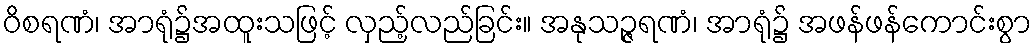
ဝိစရဏံ၊ အာရုံ၌အထူးသဖြင့် လှည့်လည်ခြင်း။ အနုသဉ္ဇရဏံ၊ အာရုံ၌ အဖန်ဖန်ကောင်းစွာ